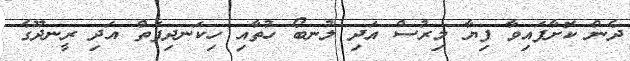
ދެން ކޮށާފައިވާ ފިޔާ މިރުސް އަދި ލުނބޯ ހުތާއި ހިކަނދިފަތް އަދި ރީނދޫގެ